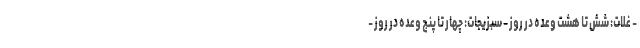
- غلات: شش تا هشت وعده در روز - سبزیجات: چهار تا پنج وعده در روز -